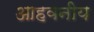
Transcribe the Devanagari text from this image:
आहवनीय